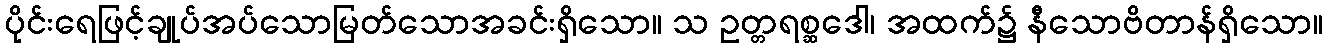
ပိုင်းရေဖြင့်ချုပ်အပ်သောမြတ်သောအခင်းရှိသော။ သ ဥတ္တရစ္ဆဒေါ၊ အထက်၌ နီသောဗိတာန်ရှိသော။